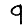
Digit: 9